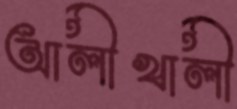
আলীখালী